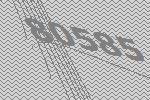
80585